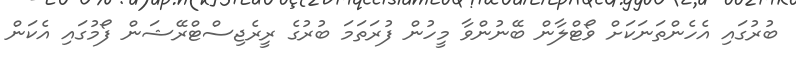
ބުރުގައި އެހެންތަނަކަށް ވޯޓްލާން ބޭނުންވާ މީހުން ފުރަތަމަ ބުރުގެ ރީރެޖިސްޓްރޭޝަން ފޯމުގައި އެކަން